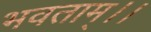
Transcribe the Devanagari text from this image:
भवताम्।।